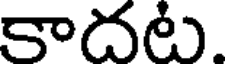
కాదట.